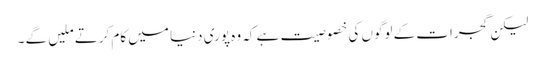
لیکن گجرات کے لوگوں کی خصوصیت ہے کہ وہ پوری دنیا میں کام کرتے ملیں گے ۔